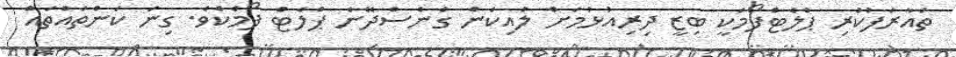
ތައާރަފުކުރި ޕްލެޓްފޯމަކީ ބިޒީ ދިރިއުޅުމަށް ލުއިކަން ގެނެސްދޭނެ ޕްލެޓް ފޯމެކެވެ. ގިނަ ކަންތައްތައް